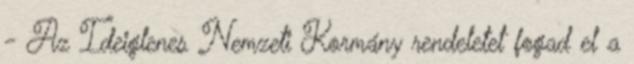
- Az Ideiglenes Nemzeti Kormány rendeletet fogad el a